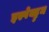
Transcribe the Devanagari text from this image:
इस्पेक्ट्रुम